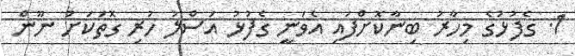
1. ގެފުޅުގެ މިހާރު ބިނާކޮށްފައި އެވަނީ ގެފުޅު އަސްލު ހުރި ގޮތަކަށް ނޫން